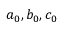
a _ { 0 } , b _ { 0 } , c _ { 0 }